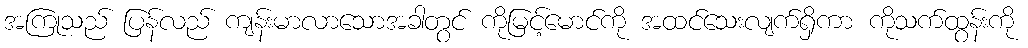
အကြုသည် ပြန်လည် ကျန်းမာလာသောအခါတွင် ကိုမြင့်မောင်ကို အထင်သေးလျက်ရှိကာ ကိုသက်ထွန်းကို